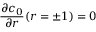
\frac { \partial c _ { 0 } } { \partial r } ( r = \pm 1 ) = 0